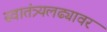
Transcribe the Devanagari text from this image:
स्वातंत्र्यलढ्यावर